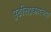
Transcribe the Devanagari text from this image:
पुढीलप्रकारच्या